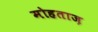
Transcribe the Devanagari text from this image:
मोहताज़